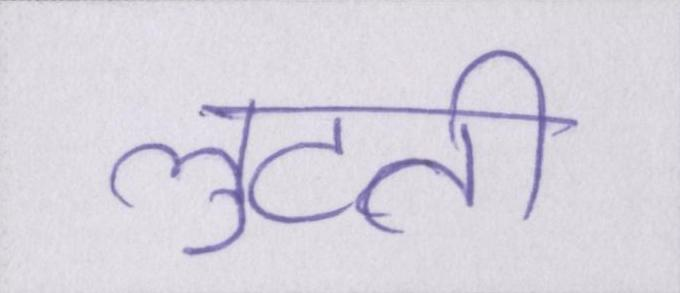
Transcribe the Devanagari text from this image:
लुटती